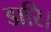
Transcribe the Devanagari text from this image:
डारि।